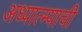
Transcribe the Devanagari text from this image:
अध्यात्म्याची